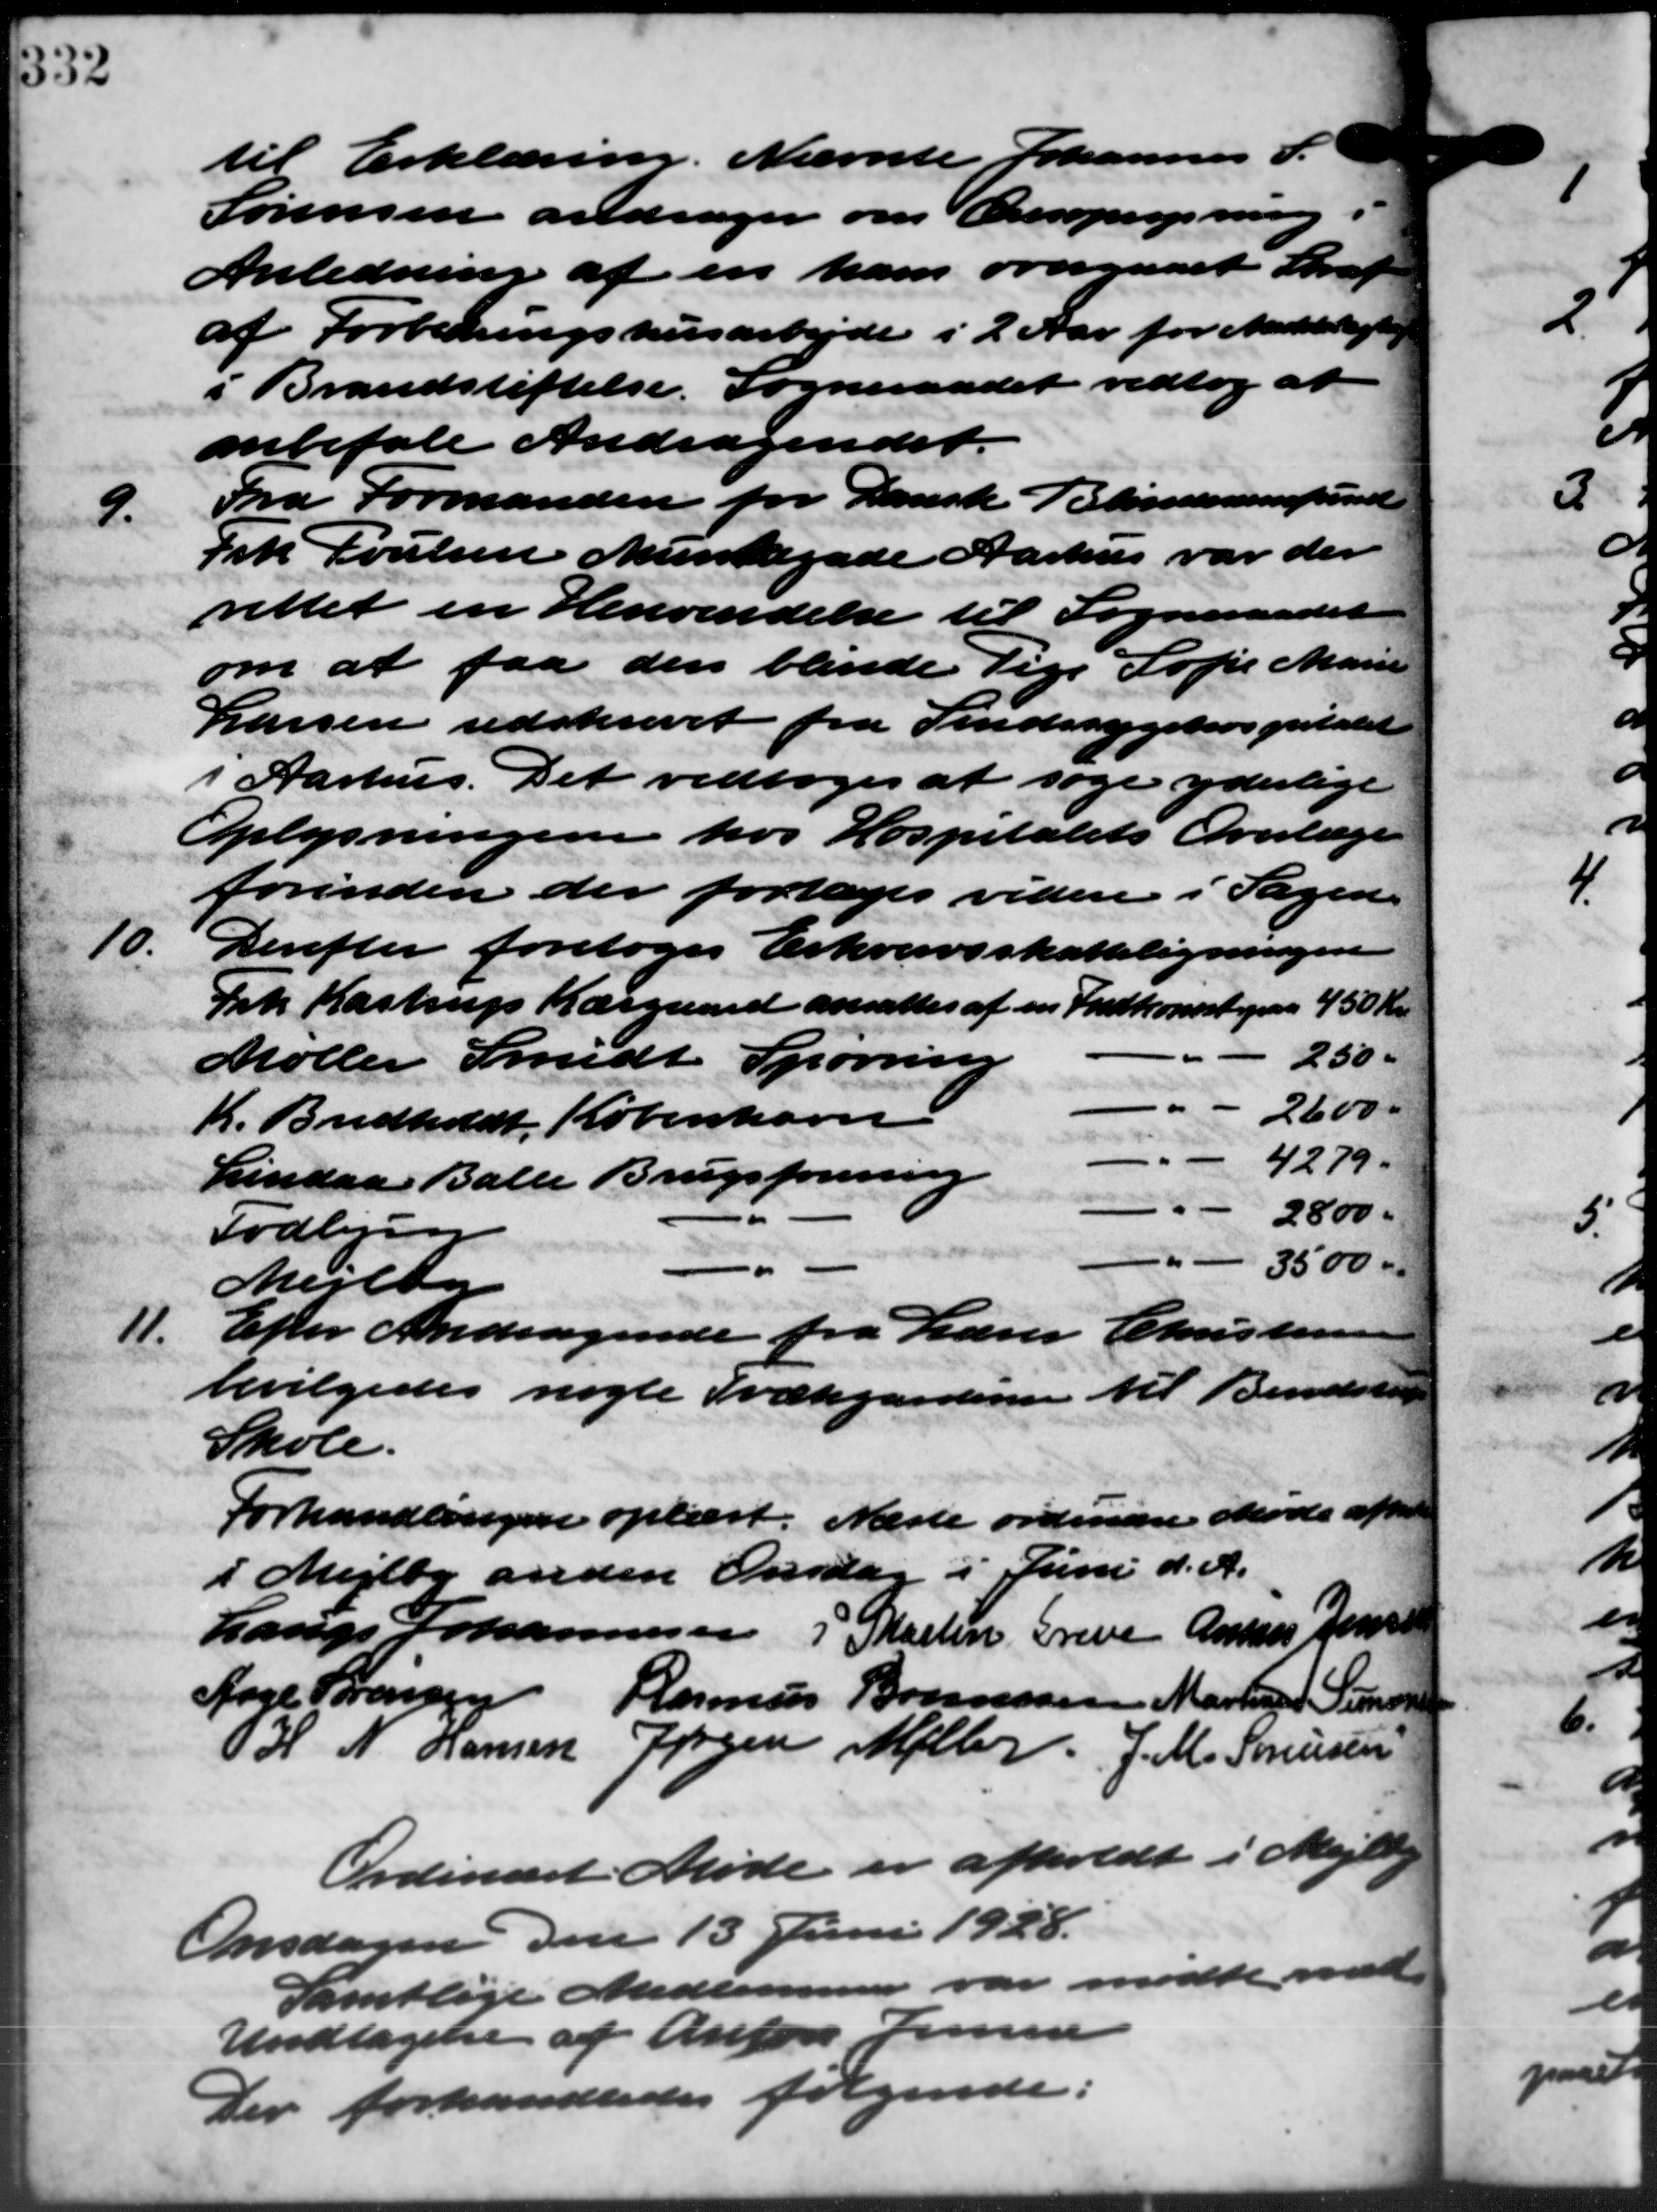
Transskription:
til Erklæring. Nævnte Johannes P.
Sørensen andrager om Æresoprejsning.
Anledning af en ham overgaaet Straf
af Forbedringshusarbejde i 2 Aar for Meddeligt
i Brandstiftelse. Sogneraadet vedtog at
anbefale Andragendet.
9.
Fra Formanden for Dansk Blindesamfund
Frk Poulsen Munkegade Aarhus var der
rettet en Henvendelse til Sogneraadet
om at faa den blevede Pige Sofie Marie
Larsen udskrevet fra Sindssygehospitalet
i Aarhus. Det vedtoges at søge yderlige
Oplysningen hos Hospitalets Overlæge
forinden der fortages videre i Sagen
10.
Derefter foretoges Erhvervsskatteligningen
Frk. Kastrup Kærgaard ansattes af en Indkomst paa 450 Kr.
Møller Smidt Spørring
250 "
K. Bredholdt København
2600 -
Lindaa Balle Brugsforening
4279
Todbjerg
2800
Mejlby
3500 "
11.
Efter Andragende fra Lærer Christensen
bevilgedes nogle Trækgardenen til Bendst
Skole.
Forhandlingen oplæst. Næste ordinære Møde afho
i Mejlby anden Onsdag i Juni d. A.
Lauge Johannesen i Skatten Greve Annes Jensen
Aage Sørensen Rasmus Bonnesen Martin Jense
H. N. Hansen Jørgen Møller J. M. Sørensen
Ordinært Møde er afholdt i Mejlby
Onsdagen den 13 Juni 1928.
Samtlige Medlemmer var mødte med
Undtagelse af Anton Jensen
Der forhandledes følgende: